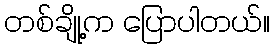
တစ်ချို့က ပြောပါတယ်။